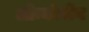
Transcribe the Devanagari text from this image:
ओन्योगोंग